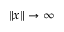
\left\| x \right\| \to \infty